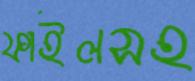
ফাইলসহ